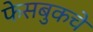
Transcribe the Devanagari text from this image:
फेसबुकचे